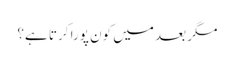
مگر بعد میں کون پورا کرتا ہے؟